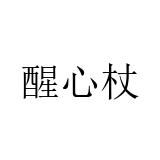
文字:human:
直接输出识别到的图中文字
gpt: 醒心杖